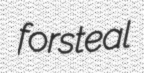
forsteal